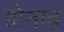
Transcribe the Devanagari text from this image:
ग्रोनाव